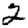
Digit: 2